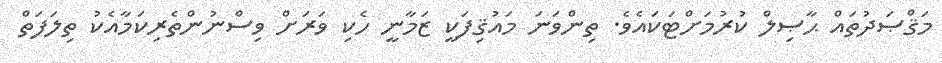
މަޤްޞަދުތައް ޙާޞިލް ކުރުމަށްޓަކައެވެ. ތިންވަނަ މައުޤިފަކީ ޒަމާނީ ހެކި ވަރަށް ވިސްނުންތެރިކަމާއެކު ތިލަފަތް